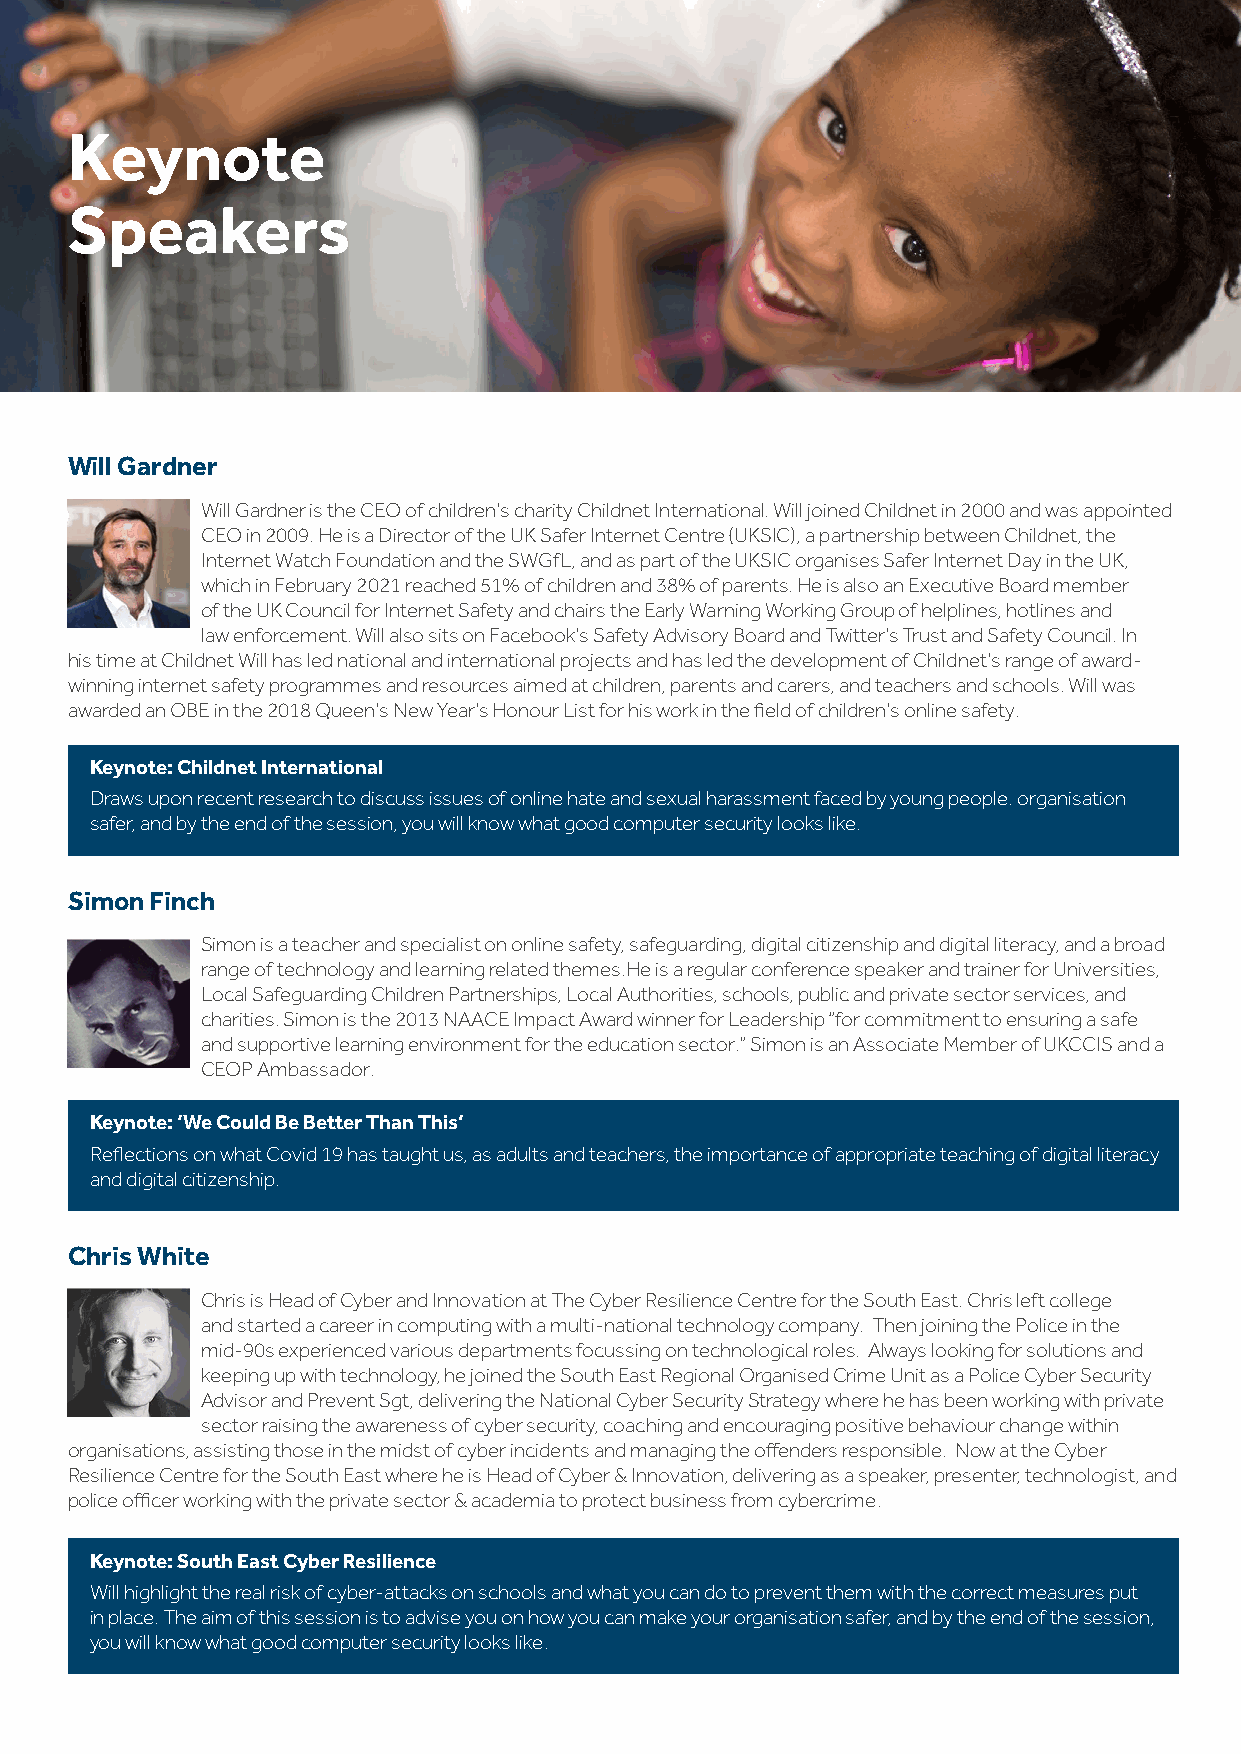
Keynote
 Speakers
 Will Gardner
 Will Gardner is the CEO of children’s charity Childnet International. Will joined Childnet in 2000 and was appointed
 CEO in 2009. He is a Director of the UK Safer Internet Centre (UKSIC), a partnership between Childnet, the
 Internet Watch Foundation and the SWGfL, and as part of the UKSIC organises Safer Internet Day in the UK,
 which in February 2021 reached 51% of children and 38% of parents. He is also an Executive Board member
 of the UK Council for Internet Safety and chairs the Early Warning Working Group of helplines, hotlines and
 law enforcement. Will also sits on Facebook’s Safety Advisory Board and Twitter’s Trust and Safety Council. In
 his time at Childnet Will has led national and international projects and has led the development of Childnet’s range of award-
 winning internet safety programmes and resources aimed at children, parents and carers, and teachers and schools. Will was
 awarded an OBE in the 2018 Queen’s New Year’s Honour List for his work in the field of children’s online safety.
 Keynote: Childnet International
 Draws upon recent research to discuss issues of online hate and sexual harassment faced by young people. organisation
 safer, and by the end of the session, you will know what good computer security looks like.
 Simon Finch
 Simon is a teacher and specialist on online safety, safeguarding, digital citizenship and digital literacy, and a broad
 range of technology and learning related themes.He is a regular conference speaker and trainer for Universities,
 Local Safeguarding Children Partnerships, Local Authorities, schools, public and private sector services, and
 charities. Simon is the 2013 NAACE Impact Award winner for Leadership “for commitment to ensuring a safe
 and supportive learning environment for the education sector.” Simon is an Associate Member of UKCCIS and a
 CEOP Ambassador.
 Keynote: ‘We Could Be Better Than This’
 Reflections on what Covid 19 has taught us, as adults and teachers, the importance of appropriate teaching of digital literacy
 and digital citizenship.
 Chris White
 Chris is Head of Cyber and Innovation at The Cyber Resilience Centre for the South East. Chris left college
 and started a career in computing with a multi-national technology company. Then joining the Police in the
 mid-90s experienced various departments focussing on technological roles. Always looking for solutions and
 keeping up with technology, he joined the South East Regional Organised Crime Unit as a Police Cyber Security
 Advisor and Prevent Sgt, delivering the National Cyber Security Strategy where he has been working with private
 sector raising the awareness of cyber security, coaching and encouraging positive behaviour change within
 organisations, assisting those in the midst of cyber incidents and managing the offenders responsible. Now at the Cyber
 Resilience Centre for the South East where he is Head of Cyber & Innovation, delivering as a speaker, presenter, technologist, and
 police officer working with the private sector & academia to protect business from cybercrime.
 Keynote: South East Cyber Resilience
 Will highlight the real risk of cyber-attacks on schools and what you can do to prevent them with the correct measures put
 in place. The aim of this session is to advise you on how you can make your organisation safer, and by the end of the session,
 you will know what good computer security looks like.